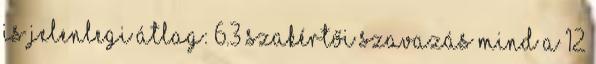
is Jelenlegi átlag: 6.3 Szakértői szavazás Mind a 12